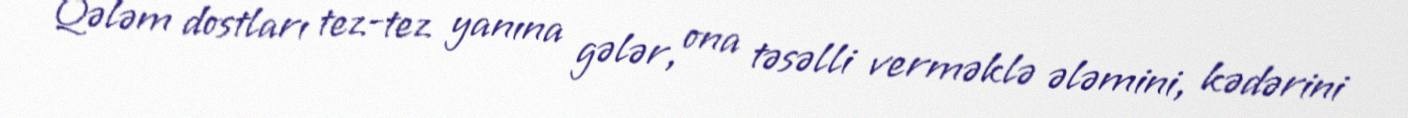
Qələm dostları tez-tez yanına gələr, ona təsəlli verməklə ələmini, kədərini